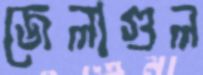
জেলাগুল